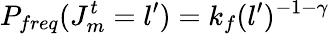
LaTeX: P_{freq}(J_{m}^{t}=l^{\prime})=k_{f}(l^{\prime})^{-1-\gamma}